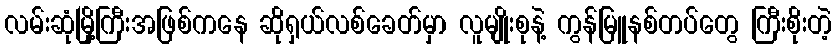
လမ်းဆုံမြို့ကြီးအဖြစ်ကနေ ဆိုရှယ်လစ်ခေတ်မှာ လူမျိုးစုနဲ့ ကွန်မြူနစ်တပ်တွေ ကြီးစိုးတဲ့